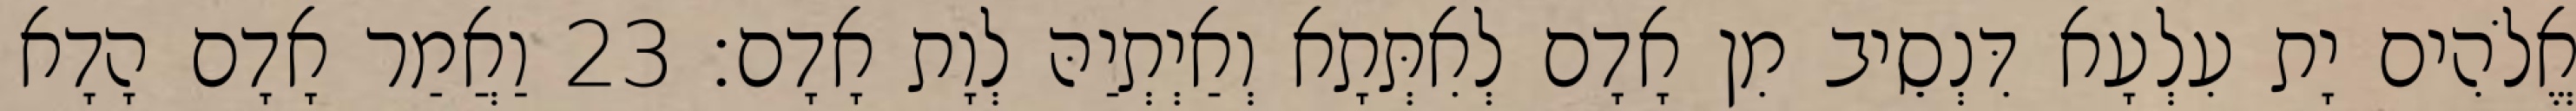
אֱלֹהִים יָת עִלְעָא דִּנְסֵיב מִן אָדָם לְאִתְּתָא וְאַיְתְיַהּ לְוָת אָדָם׃ 23 וַאֲמַר אָדָם הָדָא